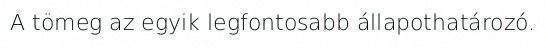
A tömeg az egyik legfontosabb állapothatározó.